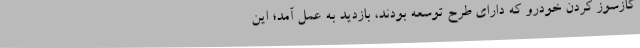
گازسوز کردن خودرو که دارای طرح توسعه بودند، بازدید به عمل آمد؛ این